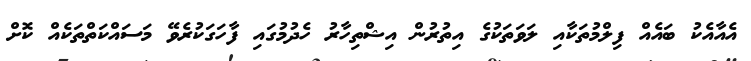
އެއާއެކު ބައެއް ފިލްމުތަކާއި ލަވަތަކުގެ އިތުރުން އިޝްތިހާރު ހެދުމުގައި ފާހަގަކުރެވޭ މަސައްކަތްތަކެއް ކޮށް